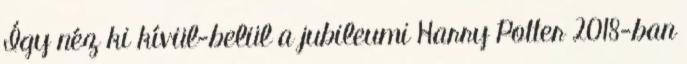
Így néz ki kívül-belül a jubileumi Harry Potter 2018-ban